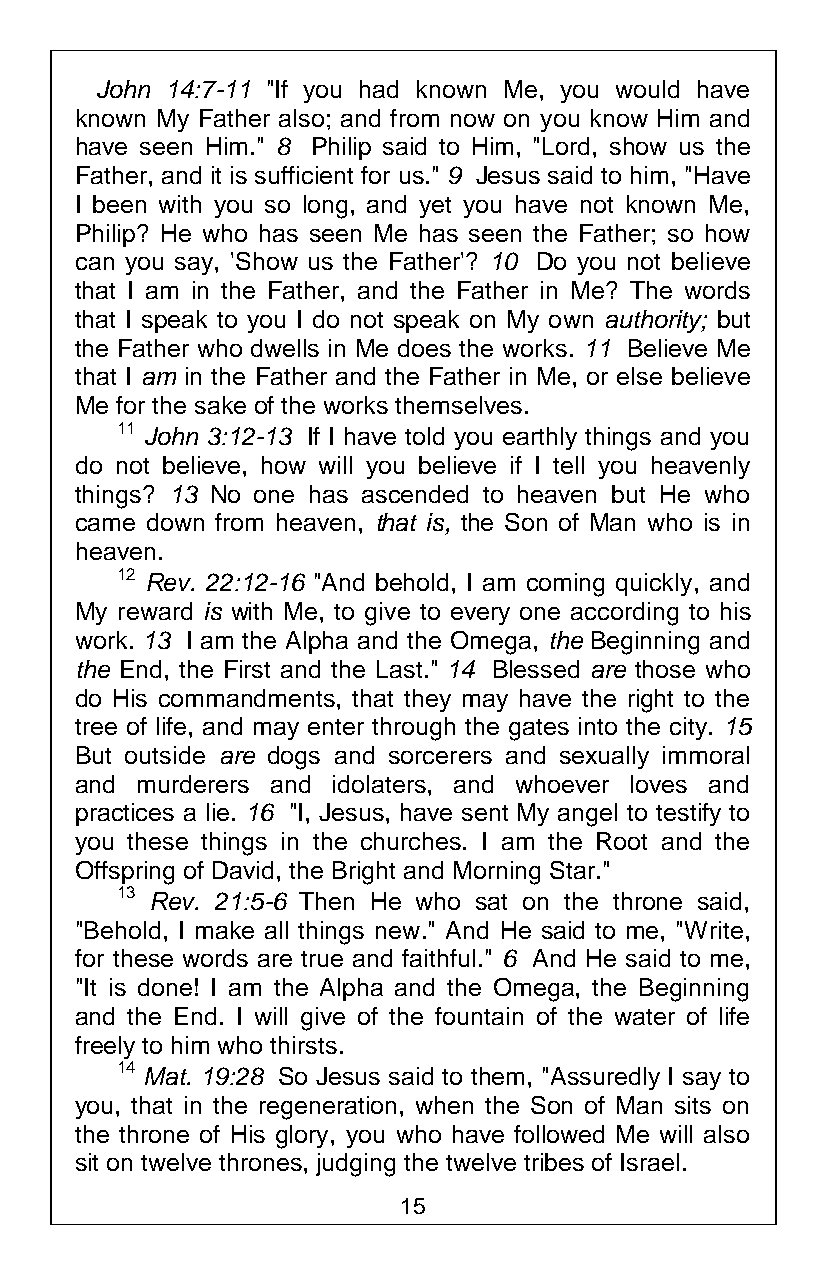
John 14:7-11 "If you had known Me, you would have
 known My Father also; and from now on you know Him and
 have seen Him." 8 Philip said to Him, "Lord, show us the
 Father, and it is sufficient for us." 9 Jesus said to him, "Have
 I been with you so long, and yet you have not known Me,
 Philip? He who has seen Me has seen the Father; so how
 can you say, 'Show us the Father'? 10 Do you not believe
 that I am in the Father, and the Father in Me? The words
 that I speak to you I do not speak on My own authority; but
 the Father who dwells in Me does the works. 11 Believe Me
 that I am in the Father and the Father in Me, or else believe
 Me for the sake of the works themselves.
 11 John 3:12-13 If I have told you earthly things and you
 do not believe, how will you believe if I tell you heavenly
 things? 13 No one has ascended to heaven but He who
 came down from heaven, that is, the Son of Man who is in
 heaven.
 12 Rev. 22:12-16 "And behold, I am coming quickly, and
 My reward is with Me, to give to every one according to his
 work. 13 I am the Alpha and the Omega, the Beginning and
 the End, the First and the Last." 14 Blessed are those who
 do His commandments, that they may have the right to the
 tree of life, and may enter through the gates into the city. 15
 But outside are dogs and sorcerers and sexually immoral
 and murderers and idolaters, and whoever loves and
 practices a lie. 16 "I, Jesus, have sent My angel to testify to
 you these things in the churches. I am the Root and the
 Offspring of David, the Bright and Morning Star."
 13 Rev. 21:5-6 Then He who sat on the throne said,
 "Behold, I make all things new." And He said to me, "Write,
 for these words are true and faithful." 6 And He said to me,
 "It is done! I am the Alpha and the Omega, the Beginning
 and the End. I will give of the fountain of the water of life
 freely to him who thirsts.
 14 Mat. 19:28 So Jesus said to them, "Assuredly I say to
 you, that in the regeneration, when the Son of Man sits on
 the throne of His glory, you who have followed Me will also
 sit on twelve thrones, judging the twelve tribes of Israel.
 15